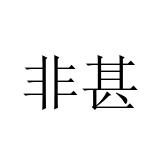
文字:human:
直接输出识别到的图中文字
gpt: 非甚